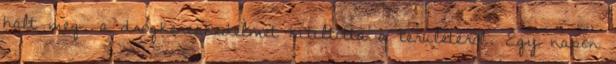
halt meg, a drogkereskedelmet kitiltotta a területéről. Egy napon